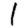
Digit: 1